Report of the King Institute of Preventive Medicine, Guindy
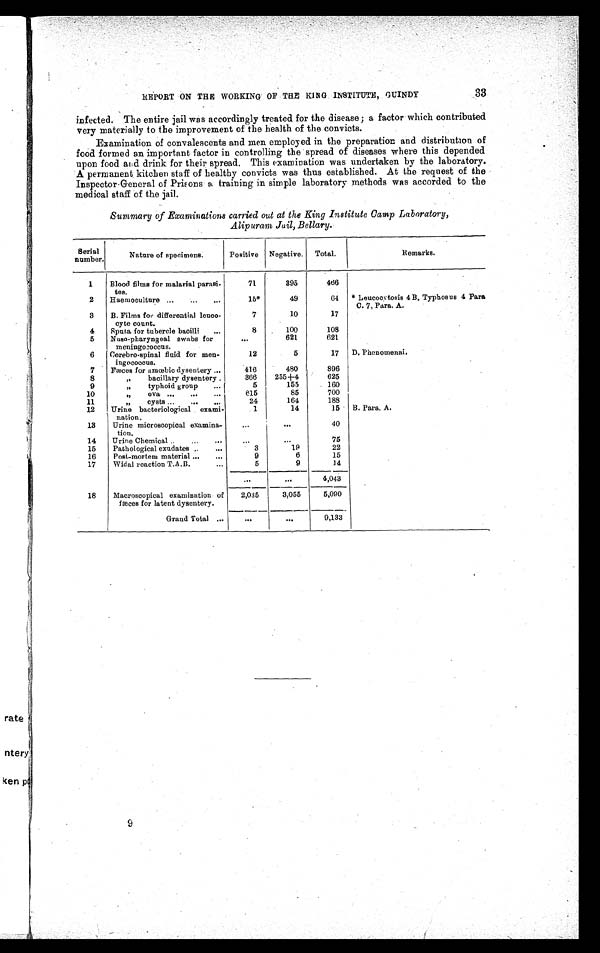
REPORT ON THE WORKING OF THE KING INSTITUTE, GUINDY
33
infected. The entire jail was accordingly treated for the disease; a factor which contributed
very materially to the improvement of the health of the convicts.
Examination of convalescents and men employed in the preparation and distribution of
food formed an important factor in controlling the spread of diseases where this depended
upon food and drink for their spread. This examination was undertaken by the laboratory.
A permanent kitchen staff of healthy convicts was thus established. At the request of the
Inspector-General of Prisons a training in simple laboratory methods was accorded to the
medical staff of the jail.
Summary of Examinations carried out at the King Institute Camp Laboratory,
Alipurarn Jail, Bellary.
Serial
number.
Nature of specimens.
Positive Negative. Total.
Remarks.
1
Blood films for malarial parasi-
tee.
71
395
466
2
Haemoculture ...
...
15*
49
64
* Leucocytosis 4B. Typhosus 4 Para
C. 7, Para. A.
3
B. Films for differential lenco-
cyte count.
7
10
17
4
Sputa for tubercle bacilli
...
8
100
108
5
Naso-pharyngeal swabs for
meningococcus.
. . .
621
621
6
Cerebro-spinal fluid for men-
ingococcus.
12
5
17 D. Phenomenai.
7 Fæces for amœbic dysentery ...
416
480
896
8
" bacillary dysentery .
366
255+4
625
9
" typhoid group ...
5
155
160
10
", ova ... ... ...
615
85
700
11
" cysts ... ,.. ...
24
164
188
12
Urine bacteriological exami-
nation.
1
14
15 B. Para. A.
13
Urine microscopical examina
-
tion.
. . . ...
40
14
Urine Chemical ..
„.
..
. . .
. . .
75
15
Pathological exudates ..
...
3
19
22
16
Post-mortem material ...
...
9
6
15
17
Widal reaction T.A.B.
...
5
9
14
...
. . . 4,043
18
Macroscopical examination of
fæces for latent dysentery.
2,035
3,055
5,090
Grand Total ...
. . .
. . . 9,133
9